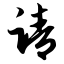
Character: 请